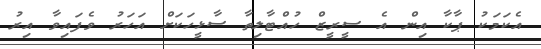
އެކަމަކު ޕާކާ އިން އެ ސީރީޒް ހުއްޓާލިތާ ސާޅީހަކަށް އަހަރު ވެފައިވާ އިރު